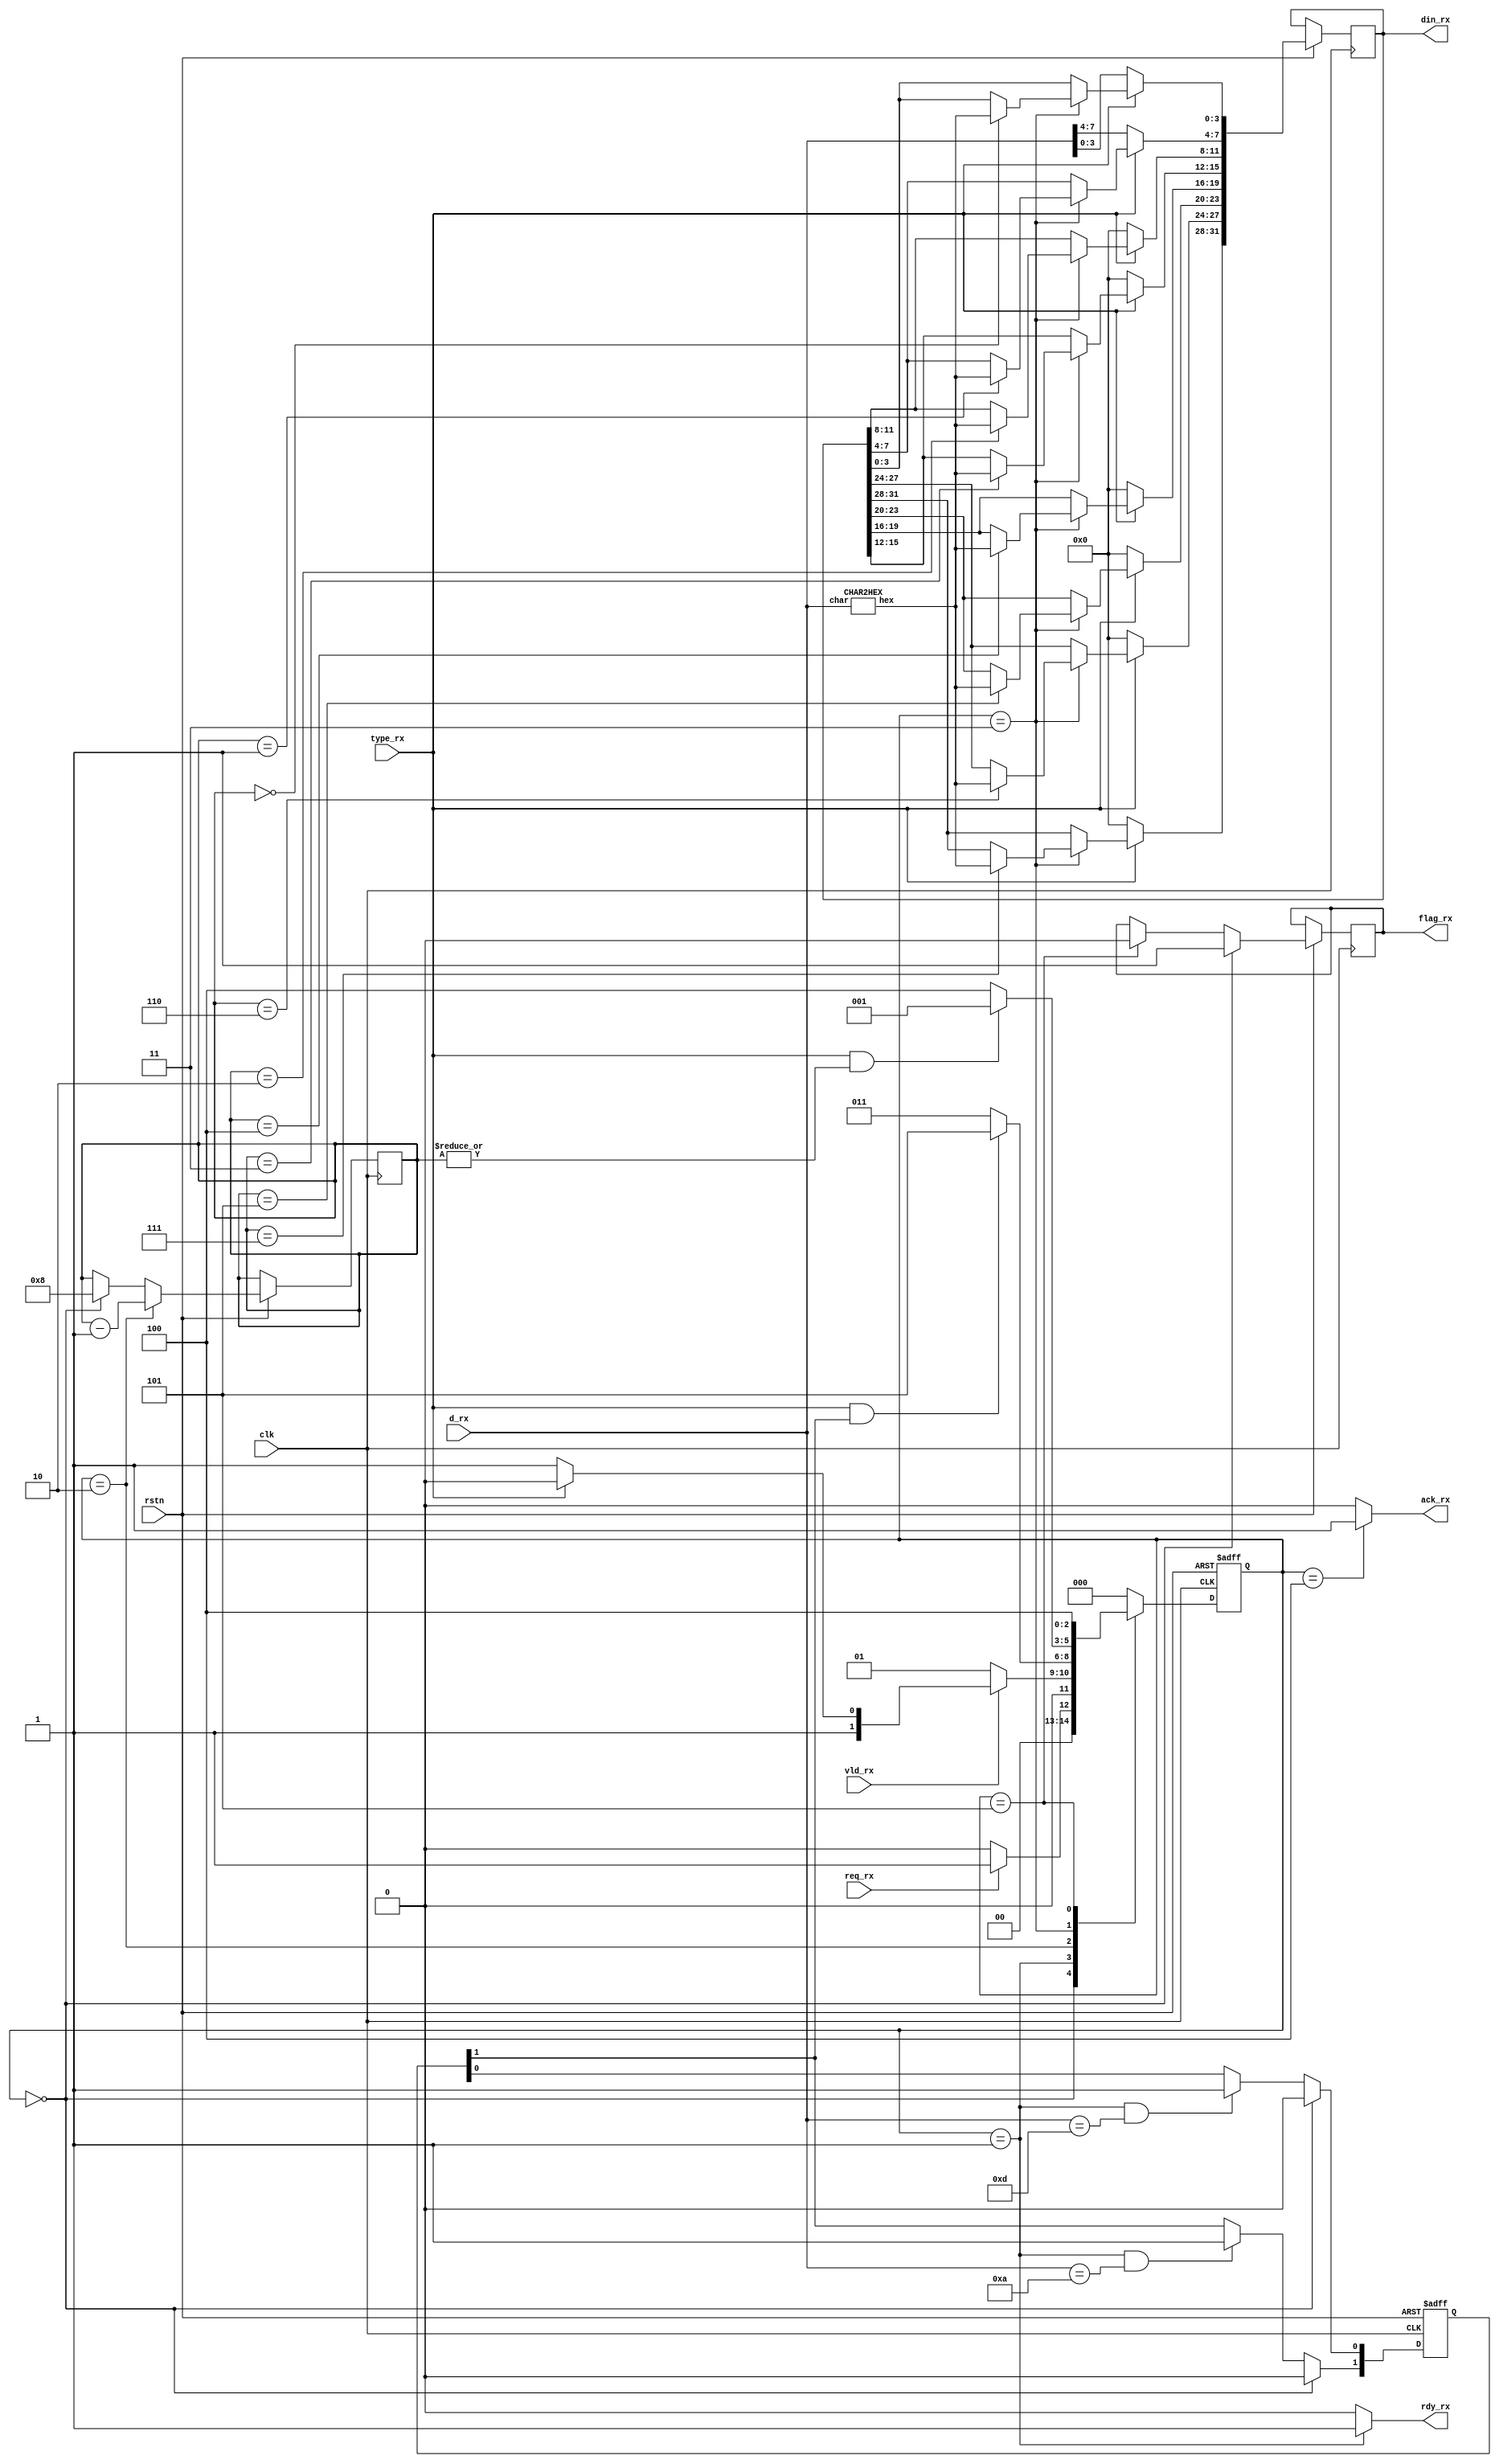
`timescale  1ns / 1ps
module SCAN(
    input               clk,
    input               rstn,
    input   [7:0]       d_rx,
    input               vld_rx,
    output  reg         rdy_rx,
    
    input               type_rx,
    input               req_rx,
    output  reg [31:0]  din_rx,     // cpu
                                    // 
    output  reg         flag_rx,
    output  reg         ack_rx
);
parameter   WAIT    =   3'H0,
            WAITRX  =   3'H1,
            CNT     =   3'H2,
            WRITE   =   3'H3,
            ACK     =   3'H4,
            VOID    =   3'h5;
reg [2:0]   cs,ns;
reg [3:0]   cnt;
reg [1:0]   ifvoid;
wire    [3:0]   hex;
CHAR2HEX char2hex(
    .char(d_rx),
    .hex(hex)
);

// time
always @(posedge clk, negedge rstn) begin
    if(!rstn)   begin
        cs<=WAIT;
        ifvoid<=0;
    end
    else begin
        cs<=ns;
        // 
        cnt<=(cs==CNT)?(cnt-1):(cs==WAIT)?8:cnt;
        // 
        if(!type_rx)    begin   // 
            din_rx={24'h000000,d_rx};
        end
        else if(cs==WRITE)    begin           // 
            // cnt
            case(cnt)
                4'h0:   din_rx[3:0]<=hex;
                4'h1:   din_rx[7:4]<=hex;
                4'h2:   din_rx[11:8]<=hex;
                4'h3:   din_rx[15:12]<=hex;
                4'h4:   din_rx[19:16]<=hex;
                4'h5:   din_rx[23:20]<=hex;
                4'h6:   din_rx[27:24]<=hex;
                4'h7:   din_rx[31:28]<=hex;
                default:    din_rx<=din_rx;
            endcase
        end
        // ifvoid\r\n
        ifvoid[0]<=(cs==WAIT)?0:(cs==WAITRX&&d_rx==8'h0D)?1:ifvoid[0];
        ifvoid[1]<=(cs==WAIT)?0:(cs==WAITRX&&d_rx==8'h0A)?1:ifvoid[1];
        // flag,\r\nflag_rx
        flag_rx<=(cs==WAIT)?1:(cs==VOID)?0:flag_rx;
    end
end

// logic
always @(*) begin
    case(cs)
        WAIT:   begin
            ns=req_rx?WAITRX:WAIT;
        end
        WAITRX:
            ns=(!vld_rx)?WAITRX:(!type_rx)?WRITE:CNT;
        CNT:
            ns=(type_rx&&ifvoid[1])?VOID:WRITE;
        WRITE:
            ns=(type_rx&&(|cnt))?WAITRX:ACK;
        VOID:
            ns=ACK;
        ACK:
            ns=WAIT;
        default:
            ns=WAIT;
    endcase
    // reqack
    ack_rx=(cs==ACK)?1:0;
    rdy_rx=(cs==WAITRX)?1:0;
end
endmodule


module CHAR2HEX(
    input   [7:0]   char,
    output  [3:0]   hex
);
wire    [7:0]   temp;
assign  temp=(char>8'h60)?(char-8'h57):(char>8'h40)?(char-8'h37):(char>=8'h30)?(char-8'h30):char;
assign  hex=temp[3:0];
endmodule